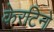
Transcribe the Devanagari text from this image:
केरटिनो